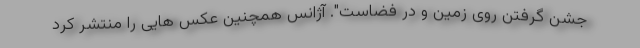
جشن گرفتن روی زمین و در فضاست". آژانس همچنین عکس هایی را منتشر کرد